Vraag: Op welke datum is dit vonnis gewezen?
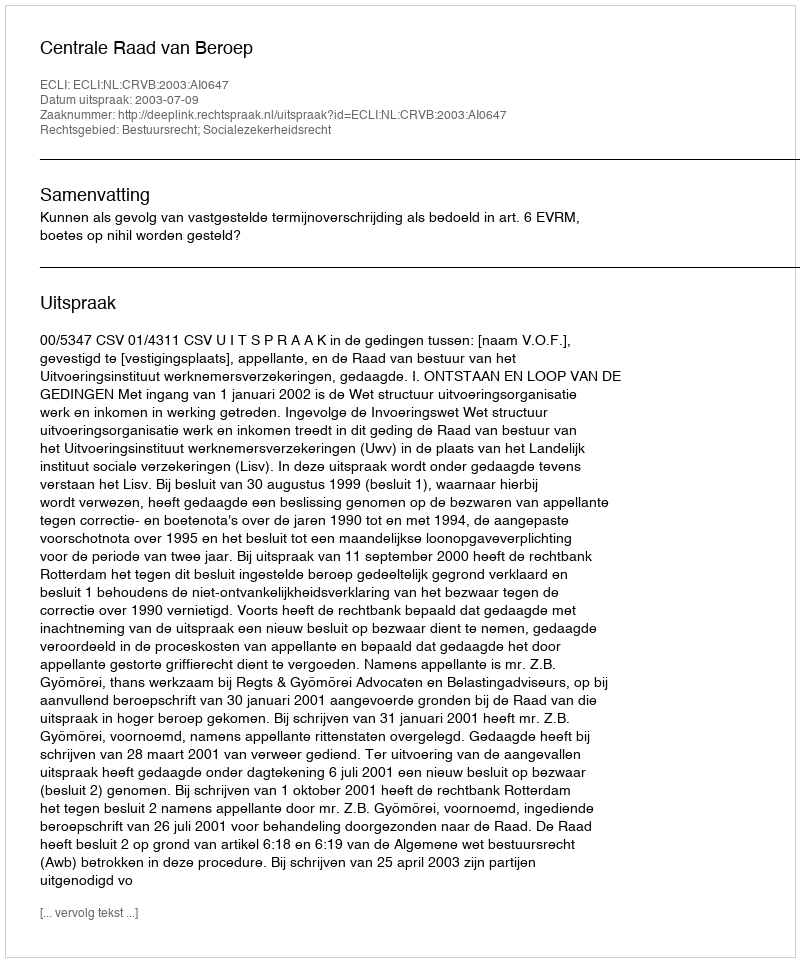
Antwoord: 2003-07-09